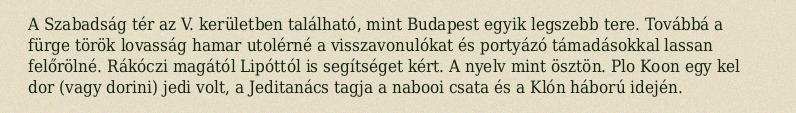
A Szabadság tér az V. kerületben található, mint Budapest egyik legszebb tere. Továbbá a fürge török lovasság hamar utolérné a visszavonulókat és portyázó támadásokkal lassan felőrölné. Rákóczi magától Lipóttól is segítséget kért. A nyelv mint ösztön. Plo Koon egy kel dor (vagy dorini) jedi volt, a Jeditanács tagja a nabooi csata és a Klón háború idején.